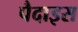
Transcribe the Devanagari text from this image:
पैदाइस